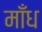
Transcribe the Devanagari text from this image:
माँध